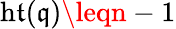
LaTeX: \operatorname{h\mathfrak{t}}({\mathfrak{{q}}})\leqn-1